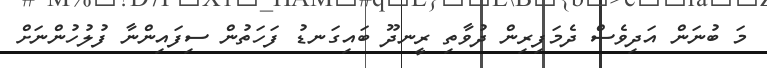
މަ ބުނަން އަދިވެސް ދެމަފިރިން ދުވާތި ރީނދޫ ބައިގަނޑު ފަހަތުން ސިފައިންނާ ފުލުހުންނަށް